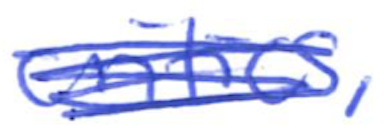
Text: critics,
Cross-out: scratch
Writing tool: ballpoint